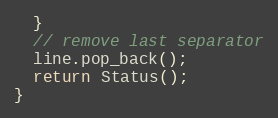
Language: C++
  }
  // remove last separator
  line.pop_back();
  return Status();
}